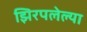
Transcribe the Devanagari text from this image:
झिरपलेल्या